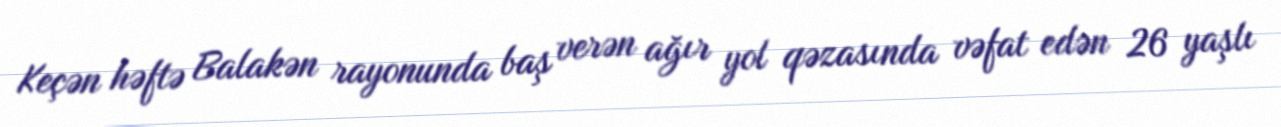
Keçən həftə Balakən rayonunda baş verən ağır yol qəzasında vəfat edən 26 yaşlı